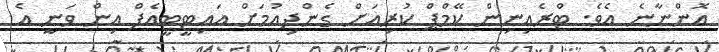
އޮންނާނެ އެވެ. ޓްރެއިނިން ކޭމްޕް ކުރިއަށް ގެންދިއުމަށް އައިޓީޓީއެފް އިން ވަނީ އެ